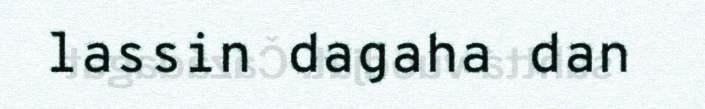
lassin dagaha dan